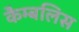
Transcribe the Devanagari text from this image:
कैम्बलिस